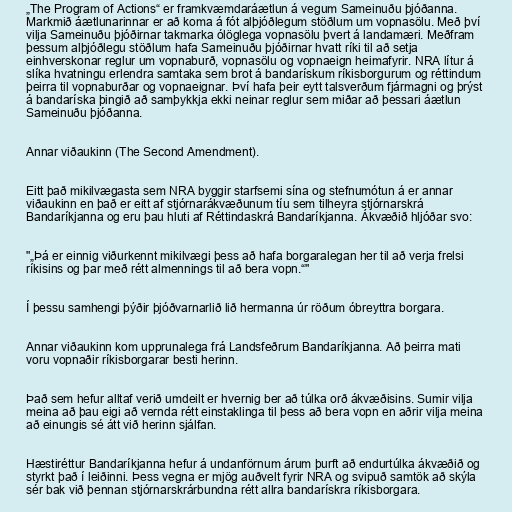
„The Program of Actions“ er framkvæmdaráætlun á vegum Sameinuðu þjóðanna.
Markmið áætlunarinnar er að koma á fót alþjóðlegum stöðlum um vopnasölu. Með því
vilja Sameinuðu þjóðirnar takmarka ólöglega vopnasölu þvert á landamæri. Meðfram
þessum alþjóðlegu stöðlum hafa Sameinuðu þjóðirnar hvatt ríki til að setja
einhverskonar reglur um vopnaburð, vopnasölu og vopnaeign heimafyrir. NRA lítur á
slíka hvatningu erlendra samtaka sem brot á bandarískum ríkisborgurum og réttindum
þeirra til vopnaburðar og vopnaeignar. Því hafa þeir eytt talsverðum fjármagni og þrýst
á bandaríska þingið að samþykkja ekki neinar reglur sem miðar að þessari áætlun
Sameinuðu þjóðanna.

Annar viðaukinn (The Second Amendment).

Eitt það mikilvægasta sem NRA byggir starfsemi sína og stefnumótun á er annar
viðaukinn en það er eitt af stjórnarákvæðunum tíu sem tilheyra stjórnarskrá
Bandaríkjanna og eru þau hluti af Réttindaskrá Bandaríkjanna. Ákvæðið hljóðar svo:

"„Þá er einnig viðurkennt mikilvægi þess að hafa borgaralegan her til að verja frelsi
ríkisins og þar með rétt almennings til að bera vopn.“"

Í þessu samhengi þýðir þjóðvarnarlið lið hermanna úr röðum óbreyttra borgara.

Annar viðaukinn kom upprunalega frá Landsfeðrum Bandaríkjanna. Að þeirra mati
voru vopnaðir ríkisborgarar besti herinn.

Það sem hefur alltaf verið umdeilt er hvernig ber að túlka orð ákvæðisins. Sumir vilja
meina að þau eigi að vernda rétt einstaklinga til þess að bera vopn en aðrir vilja meina
að einungis sé átt við herinn sjálfan.

Hæstiréttur Bandaríkjanna hefur á undanförnum árum þurft að endurtúlka ákvæðið og
styrkt það í leiðinni. Þess vegna er mjög auðvelt fyrir NRA og svipuð samtök að skýla
sér bak við þennan stjórnarskrárbundna rétt allra bandarískra ríkisborgara.